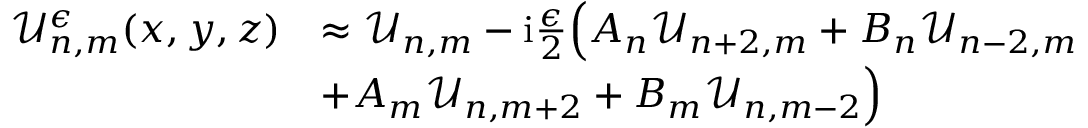
\begin{array} { r l } { \mathcal { U } _ { n , m } ^ { \epsilon } ( x , y , z ) } & { \approx \mathcal { U } _ { n , m } - \mathrm { i } \frac { \epsilon } { 2 } \Big ( A _ { n } \mathcal { U } _ { n + 2 , m } + B _ { n } \mathcal { U } _ { n - 2 , m } } \\ & { + A _ { m } \mathcal { U } _ { n , m + 2 } + B _ { m } \mathcal { U } _ { n , m - 2 } \Big ) } \end{array}